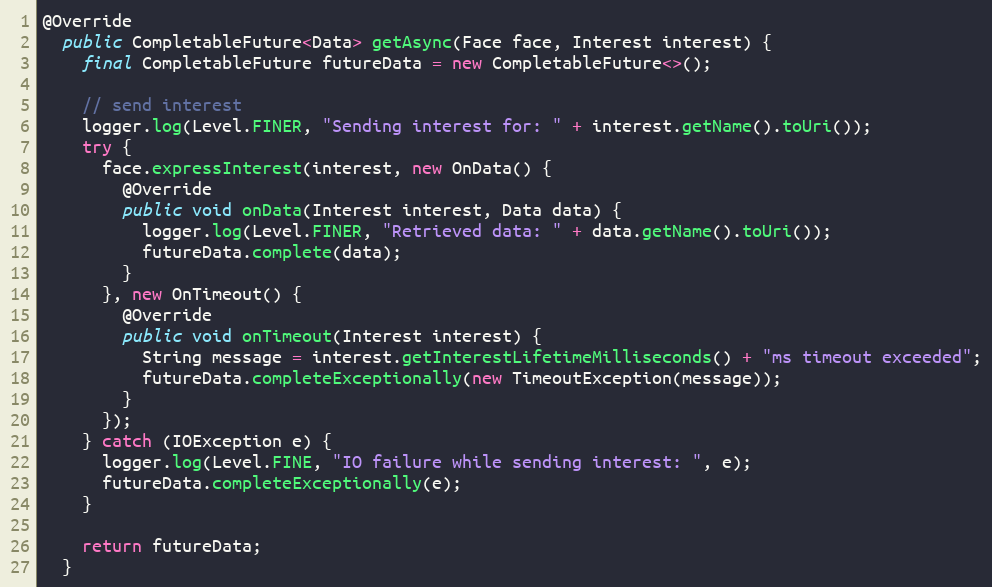
Language: Java
@Override
  public CompletableFuture<Data> getAsync(Face face, Interest interest) {
    final CompletableFuture futureData = new CompletableFuture<>();

    // send interest
    logger.log(Level.FINER, "Sending interest for: " + interest.getName().toUri());
    try {
      face.expressInterest(interest, new OnData() {
        @Override
        public void onData(Interest interest, Data data) {
          logger.log(Level.FINER, "Retrieved data: " + data.getName().toUri());
          futureData.complete(data);
        }
      }, new OnTimeout() {
        @Override
        public void onTimeout(Interest interest) {
          String message = interest.getInterestLifetimeMilliseconds() + "ms timeout exceeded";
          futureData.completeExceptionally(new TimeoutException(message));
        }
      });
    } catch (IOException e) {
      logger.log(Level.FINE, "IO failure while sending interest: ", e);
      futureData.completeExceptionally(e);
    }

    return futureData;
  }